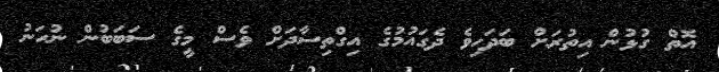
އޮތް ގުޅުން އިތުރަށް ބަދަހިވެ ދެގައުމުގެ އިގްތިސާދަށް ވެސް މީގެ ސަބަބުން ނުހަނު